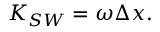
K _ { S W } = \omega \Delta x .